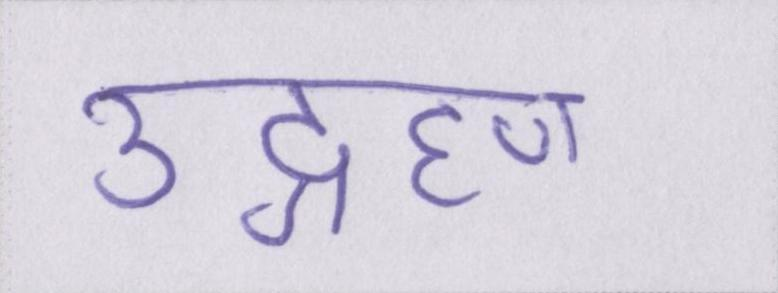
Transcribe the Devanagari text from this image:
उद्ग्रहण